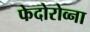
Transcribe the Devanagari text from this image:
फेदोरोव्ना